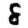
Digit: 8